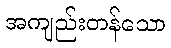
အကျည်းတန်သော